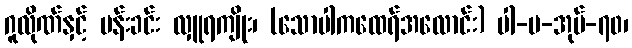
ဂူလိုဏ်နှင့် ပန်းခင်း လှူရကျိုး၊ (သောပါကထေရ်အလောင်း) ပါ-ပ-အုပ်-၇၀၊